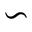
\backsim